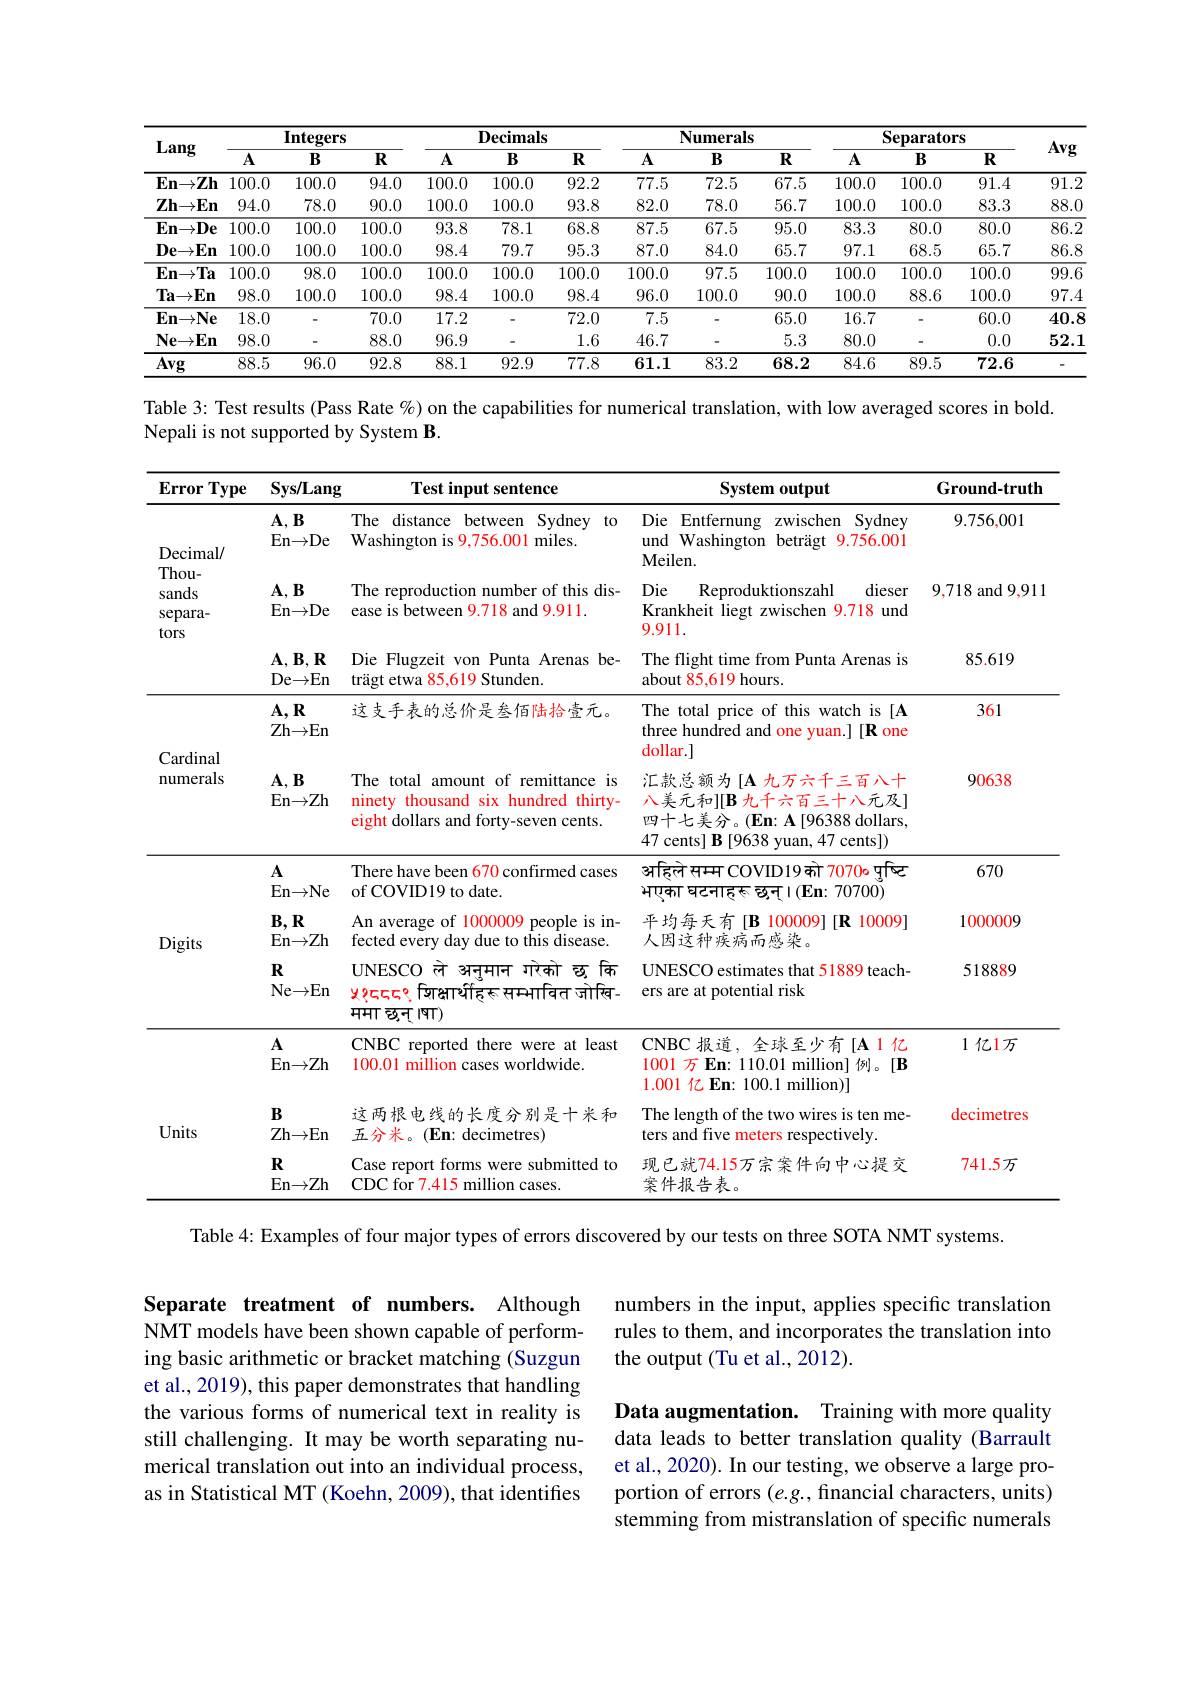
<table>
	<tbody>
		<tr>
			<th rowspan="2">Lang</th>
			<th colspan="3">$\mathbf{Integers}$</th>
			<th colspan="3">$\mathbf{Decimals}$</th>
			<th colspan="3">Numerals</th>
			<th colspan="3">Separators</th>
			<th rowspan="2">Avg</th>
		</tr>
		<tr>
			<th>$A$</th>
			<th>$B$</th>
			<th>$\mathbf{R}$</th>
			<th>$A$</th>
			<th>$B$</th>
			<th>$R$</th>
			<th>$A$</th>
			<th>$B$</th>
			<th>$\mathbf{R}$</th>
			<th>$A$</th>
			<th>$B$</th>
			<th>$\mathbf{R}$</th>
		</tr>
		<tr>
			<td>$\mathbf{En}{\rightarrow}\mathbf{Zh}$</td>
			<td>100.0</td>
			<td>100.0</td>
			<td>94.0</td>
			<td>100.0</td>
			<td>100.0</td>
			<td>92.2</td>
			<td>77.5</td>
			<td>72.5</td>
			<td>67.5</td>
			<td>100.0</td>
			<td>100.0</td>
			<td>91.4</td>
			<td>91.2</td>
		</tr>
		<tr>
			<td>$\mathbf{Zh}{\rightarrow}\mathbf{En}$</td>
			<td>94.0</td>
			<td>78.0</td>
			<td>90.0</td>
			<td>100.0</td>
			<td>100.0</td>
			<td>93.8</td>
			<td>82.0</td>
			<td>78.0</td>
			<td>56.7</td>
			<td>100.0</td>
			<td>100.0</td>
			<td>83.3</td>
			<td>88.0</td>
		</tr>
		<tr>
			<td>$\mathbf{En}{\rightarrow}\mathbf{De}$</td>
			<td>100.0</td>
			<td>100.0</td>
			<td>100.0</td>
			<td>93.8</td>
			<td>78.1</td>
			<td>68.8</td>
			<td>87.5</td>
			<td>67.5</td>
			<td>95.0</td>
			<td>83.3</td>
			<td>80.0</td>
			<td>80.0</td>
			<td>86.2</td>
		</tr>
		<tr>
			<td>$\mathbf{De}{\rightarrow}\mathbf{En}$</td>
			<td>100.0</td>
			<td>100.0</td>
			<td>100.0</td>
			<td>98.4</td>
			<td>79.7</td>
			<td>95.3</td>
			<td>87.0</td>
			<td>84.0</td>
			<td>65.7</td>
			<td>97.1</td>
			<td>68.5</td>
			<td>65.7</td>
			<td>86.8</td>
		</tr>
		<tr>
			<td>$\mathbf{En}\to\mathbf{Ta}$</td>
			<td>100.0</td>
			<td>98.0</td>
			<td>100.0</td>
			<td>100.0</td>
			<td>100.0</td>
			<td>100.0</td>
			<td>100.0</td>
			<td>97.5</td>
			<td>100.0</td>
			<td>100.0</td>
			<td>100.0</td>
			<td>100.0</td>
			<td>99.6</td>
		</tr>
		<tr>
			<td>$\mathbf{Ta}{\rightarrow}\mathbf{En}$</td>
			<td>98.0</td>
			<td>100.0</td>
			<td>100.0</td>
			<td>98.4</td>
			<td>100.0</td>
			<td>98.4</td>
			<td>96.0</td>
			<td>100.0</td>
			<td>90.0</td>
			<td>100.0</td>
			<td>88.6</td>
			<td>100.0</td>
			<td>97.4</td>
		</tr>
		<tr>
			<td>$\mathbf{En}{\rightarrow}\mathbf{Ne}$</td>
			<td>18.0</td>
			<td> </td>
			<td>70.0</td>
			<td>17.2</td>
			<td> </td>
			<td>72.0</td>
			<td>7.5</td>
			<td> </td>
			<td>65.0</td>
			<td>16.7</td>
			<td> </td>
			<td>60.0</td>
			<td>40.8</td>
		</tr>
		<tr>
			<td>$\mathbf{Ne}{\rightarrow}\mathbf{En}$</td>
			<td>98.0</td>
			<td> </td>
			<td>88.0</td>
			<td>96.9</td>
			<td> </td>
			<td>1.6</td>
			<td>46.7</td>
			<td> </td>
			<td>5.3</td>
			<td>80.0</td>
			<td> </td>
			<td>0.0</td>
			<td>52.1</td>
		</tr>
		<tr>
			<td>Avg</td>
			<td>88.5</td>
			<td>96.0</td>
			<td>92.8</td>
			<td>88.1</td>
			<td>92.9</td>
			<td>77.8</td>
			<td>61.1</td>
			<td>83.2</td>
			<td>68.2</td>
			<td>84.6</td>
			<td>89.5</td>
			<td>72.6</td>
			<td> </td>
		</tr>
	</tbody>
</table>

Table 3: Test results (Pass Rate %) on the capabilities for numerical translation, with low averaged scores in bold.
Nepali is not supported by System B.

<table>
	<tbody>
		<tr>
			<th>Error Type</th>
			<th>Sys/Lang</th>
			<th>Test input sentence</th>
			<th>System output</th>
			<th>Ground-truth</th>
		</tr>
		<tr>
			<td rowspan="2">Decimal/ $Thou-$ sands separa- tors</td>
			<td>$\mathbf{A},\mathbf{B}$ En$\to$De</td>
			<td>The distance between Sydney $t0$ ${\mathrm{Washington~is~9,756.001}}$ $miles.$</td>
			<td>Die l Entfernung ZWischen Sydney und Washington beträgt 9.756.001 Meilen. </td>
			<td>9.756,001</td>
		</tr>
		<tr>
			<td>$\mathbf{A},\mathbf{B}$ En$\to$De</td>
			<td>The reproduction number of this dis- ease is between 9.718 and 9.911.</td>
			<td>Die Reproduktionszahl dieser Krankheit liegt zwischen 9.718 und 9.911.</td>
			<td>9,718 and 9,911</td>
		</tr>
		<tr>
			<td rowspan="1">Decimal/ $Thou-$ sands separa- tors</td>
			<td>$\mathbf{A},\mathbf{B},\mathbf{R}$ De${\to }$En</td>
			<td>Die Flugzeit von Punta Arenas be- trägt etwa 85,619 Stunden.</td>
			<td>The flight time from Punta Arenas is about 85,619 hours.</td>
			<td>85.619</td>
		</tr>
		<tr>
			<td rowspan="2">Cardinal numerals</td>
			<td>$\mathbf{A},\mathbf{R}$ Zh$\to$En</td>
			<td>这支手表的总价是参佰陆拾壹元。</td>
			<td>The total price of this watch is [A three hundred and one yuan.] [R one dollar.]</td>
			<td>361</td>
		</tr>
		<tr>
			<td>$\mathbf{A},\mathbf{B}$ En$\to$Zh</td>
			<td>The total amount of remittance is ninety thousand six hundred thirty- 1 eight dollars and forty-seven cents.</td>
			<td>汇款总额为[A 九万六千三百八十 八美元和][B 九千六百三十八元及] 四十七美分。$(\mathbf{En:A[96388~dollars,}$ 47 cents] B [9638 yuan, 47 cents])</td>
			<td>90638</td>
		</tr>
		<tr>
			<td rowspan="3">Digits</td>
			<td>$A$ En$\to$Ne</td>
			<td>There have been 670 confirmed cases of COVID19 to date.</td>
			<td>अहिले मम्म COVID19को 7070o $ംपुष्टि$ $\mathsf{H}$एका घटनाह्रू च्छन्।(En:70700)</td>
			<td>670</td>
		</tr>
		<tr>
			<td>$\mathbf{B},\mathbf{R}$ En$\to$Zh</td>
			<td>An average of 1 1000009 people is in- fected every day due to this disease.</td>
			<td>平均每天有[B $\vdots$ 100009][R 1 10009 人因这种疾病而感染。</td>
			<td>1000009</td>
		</tr>
		<tr>
			<td>$R$ Ne$\to$En</td>
			<td>UNESCO ले अनुमान ग गरेको च्च कि $y9ददद॰$ जिक्षार्थीहह मम्मावित जोग्वि- ममा चन् ।षा)</td>
			<td>UNESCO estimates that 51889 teach- ers are at potential risk</td>
			<td>518889</td>
		</tr>
		<tr>
			<td rowspan="3">Units</td>
			<td>$A$ En$\to$Zh</td>
			<td>CNBC reported there were at least 100.01 million cases worldwide.</td>
			<td>CNBC 报道，全球至少有[A1亿 1001万 En: 110.01 million]例。[B 1.001亿 En: 100.1 million)]</td>
			<td>1亿1万</td>
		</tr>
		<tr>
			<td>$\mathbf{B}$ Zh$\to$En</td>
			<td>这两根电线的长度分别是十米和 五分米。(En: decimetres)</td>
			<td>The length of the two wires is ten me- ters and five meters respectively.</td>
			<td>decimetres</td>
		</tr>
		<tr>
			<td>$\mathbf{R}$ En$\to$Zh</td>
			<td>Case report forms were submitted to CDC for 7.415 million cases.</td>
			<td>现已就74.15万宗案件向中心提交 案件报告表。</td>
			<td>741.5万</td>
		</tr>
	</tbody>
</table>

Table 4: Examples of four major types of errors discovered by our tests on three SOTA NMT systems.

Separate treatment of numbers. Although NMT models have been shown capable of performing basic arithmetic or bracket matching (Suzgun et al., 2019), this paper demonstrates that handling the various forms of numerical text in reality is still challenging. It may be worth separating numerical translation out into an individual process, as in Statistical MT (Koehn, 2009), that identifies

numbers in the input, applies specific translation rules to them, and incorporates the translation into the output (Tu et al., 2012).

Data augmentation. Training with more quality data leads to better translation quality (Barrault et al., 2020). In our testing, we observe a large proportion of errors $(e.g.$, financial characters, units) stemming from mistranslation of specific numerals